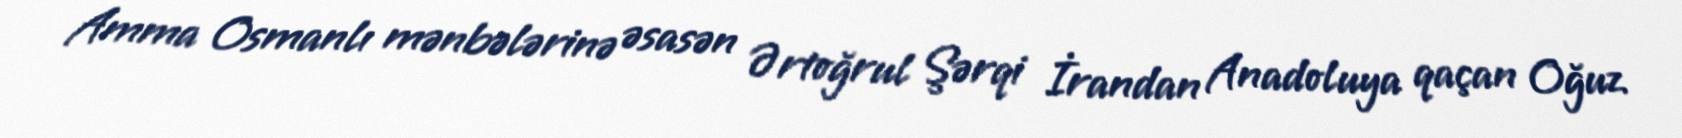
Amma Osmanlı mənbələrinə əsasən Ərtoğrul Şərqi İrandan Anadoluya qaçan Oğuz